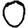
Digit: 0